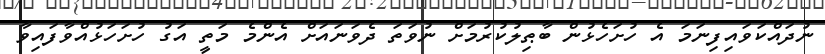
ނުދައްކަވައިފިނަމަ އެ ހުށަހެޅުން ބާޠިލުކުރުމަށް ނުވަތަ ދެވަނައަށް އެންމެ މަތީ އަގު ހުށަހަޅުއްވާފައިވާ